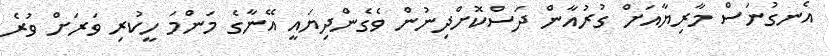
އެނގުނަސް މާރިޔާއަށް ގުރުއާން ދަސްކޮށްދިނުން ވެގެންދިޔައީ އޭނާގެ މަންމަ ހީކުރި ވަރަށް ވުރެ